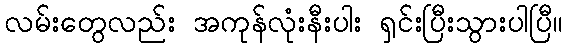
လမ်းတွေလည်း အကုန်လုံးနီးပါး ရှင်းပြီးသွားပါပြီ။